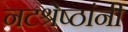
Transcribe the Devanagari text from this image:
नटश्रेष्ठांनी